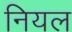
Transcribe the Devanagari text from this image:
नियल